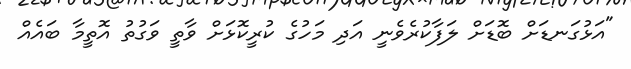
"އަޅުގަނޑަށް ބޮޑަށް ލަފާކުރެވެނީ އަދި މަހުގެ ކުރީކޮޅަށް ވާތީ ވަގުތު އޮތީމާ ބައެއް